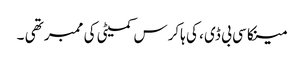
مینکا سی بی ڈی ، کی ہاکرس کمیٹی کی ممبر تھی ۔